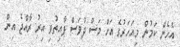
އެހެން ކަމުން މިއަހަރުގެ އަށް މަސް ދުވަސް ފާއިތުވި އިރު ރާއްޖެ އިން